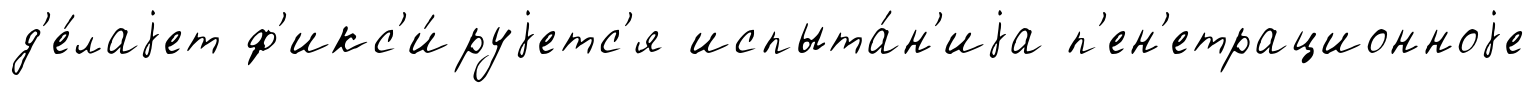
д'е́лаjет ф'икс'и́руjетс'я испыта́н'иjа п'ен'етрационноjе